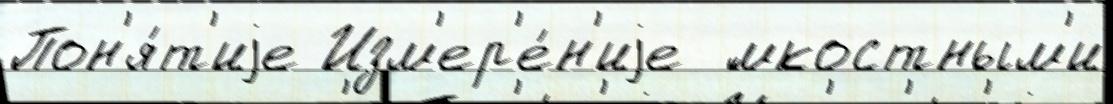
Пон'я́т'иjе Изм'ер'е́н'иjе  ́мкостным'и